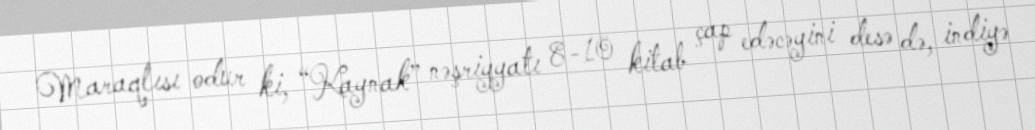
Maraqlısı odur ki, “Kaynak” nəşriyyatı 8-10 kitab çap edəcəyini desə də, indiyə